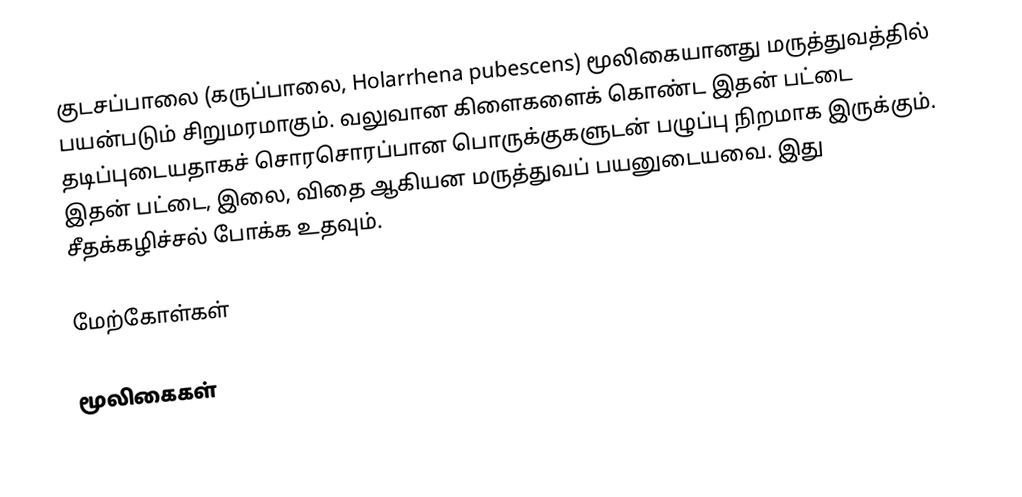
குடசப்பாலை (கருப்பாலை, Holarrhena pubescens) மூலிகையானது மருத்துவத்தில் பயன்படும் சிறுமரமாகும். வலுவான கிளைகளைக் கொண்ட இதன் பட்டை தடிப்புடையதாகச் சொரசொரப்பான பொருக்குகளுடன் பழுப்பு நிறமாக இருக்கும். இதன் பட்டை, இலை, விதை ஆகியன மருத்துவப் பயனுடையவை. இது சீதக்கழிச்சல் போக்க உதவும்.

மேற்கோள்கள்

மூலிகைகள்